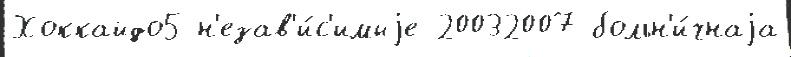
Хоккайдо5 н'езав'и́с'имыjе 20032007 больн'и́чнаjа